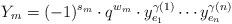
LaTeX: \begin{align*}Y_m = (-1)^{s_m} \cdot q^{w_m} \cdot y_{e_1}^{\gamma(1)} \cdots y_{e_n}^{\gamma(n)}\end{align*}